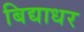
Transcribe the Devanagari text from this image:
बिद्याधर